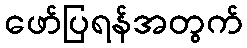
ဖော်ပြရန်အတွက်